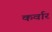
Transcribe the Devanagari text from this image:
कर्वार